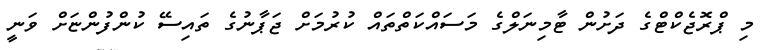
މި ޕްރޮޖެކްޓްގެ ދަށުން ޓާމިނަލްގެ މަސައްކަތްތައް ކުރުމަށް ޖަޕާނުގެ ތައިސޭ ކުންފުންޏަށް ވަނީ